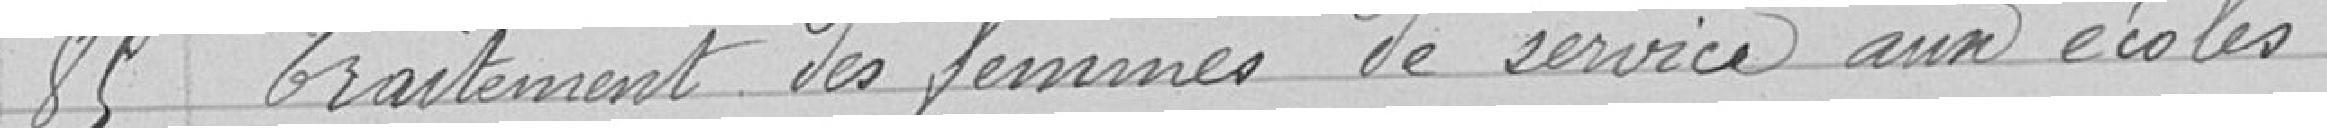
85 Traitement des femmes de service aux écoles